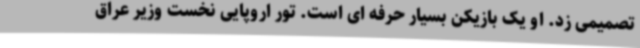
تصمیمی زد. او یک بازیکن بسیار حرفه ای است. تور اروپایی نخست وزیر عراق